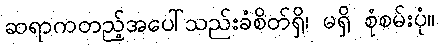
ဆရာကတည့်အပေါ်သည်းခံစိတ်ရှိ၊ မရှိ စုံစမ်းပုံ။